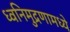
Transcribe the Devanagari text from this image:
ध्वनिमुद्रणामध्ये